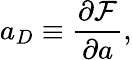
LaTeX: a_{D}\equiv\frac{\partial{\cal F}}{\partial a},